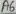
Text: A6